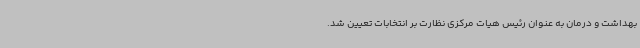
بهداشت و درمان به عنوان رئیس هیات مرکزی نظارت بر انتخابات تعیین شد.